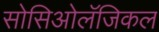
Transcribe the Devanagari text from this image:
सोसिओलॅजिकल